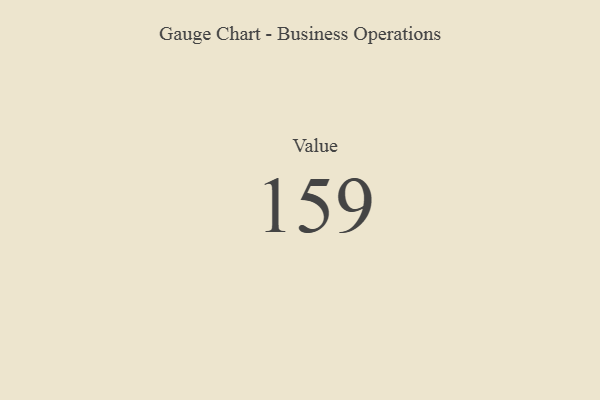
{"axis": {"x": "Metric", "y": "Value"}, "legend": [""], "data": [{"x": "Value", "y": 159, "type": ""}]}